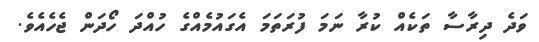
ވަދެ ދިރާސާ ތަކެއް ކުރާ ނަމަ ފުރަތަމަ އެގައުމެއްގެ ހުއްދަ ހޯދަން ޖެހެއެވެ.